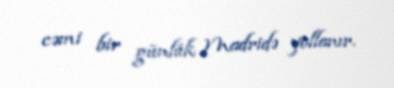
cəmi bir günlük Madridə yollanır.